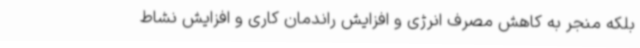
بلکه منجر به کاهش مصرف انرژی و افزایش راندمان کاری و افزایش نشاط